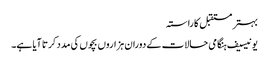
بہتر مستقبل کا راستہ
یونیسیف ہنگامی حالات کے دوران ہزاروں بچوں کی مدد کرتا آیا ہے۔